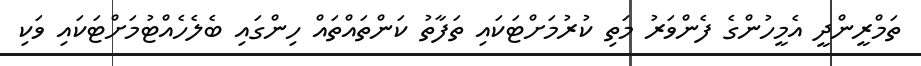
ތަމްރީންދީ އެމީހުންގެ ފެންވަރު މަތި ކުރުމަށްޓަކައި ތަފާތު ކަންތައްތައް ހިންގައި ބެލެހެއްޓުމަށްޓަކައި ވަކި